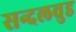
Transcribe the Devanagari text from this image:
सन्दलवुड